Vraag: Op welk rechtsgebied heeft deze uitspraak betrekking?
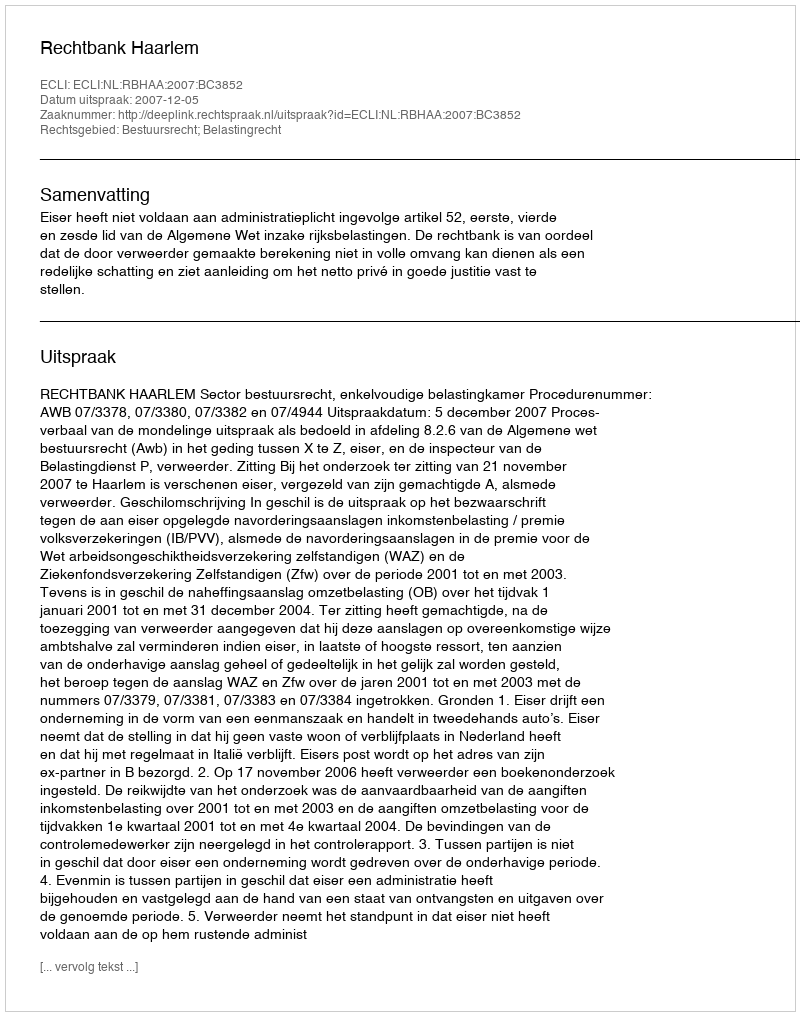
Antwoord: Bestuursrecht; Belastingrecht